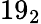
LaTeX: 19_{2}